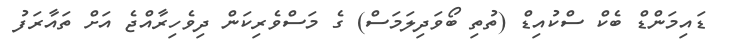
ޑައިމަންޑް ބެކް ސްކުއިޑް (ތުތި ބޯވަދިލަމަސް) ގެ މަސްވެރިކަން ދިވެހިރާއްޖެ އަށް ތައާރަފު